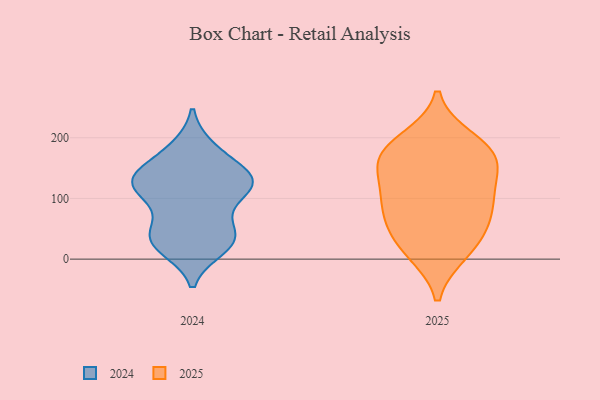
{"axis": {"x": "Humidity (%)", "y": "Value"}, "legend": ["2024", "2025"], "data": [{"x": "", "y": 135, "type": "2024"}, {"x": "", "y": 95, "type": "2024"}, {"x": "", "y": 112, "type": "2024"}, {"x": "", "y": 132, "type": "2024"}, {"x": "", "y": 122, "type": "2024"}, {"x": "", "y": 119, "type": "2024"}, {"x": "", "y": 56, "type": "2024"}, {"x": "", "y": 37, "type": "2024"}, {"x": "", "y": 154, "type": "2024"}, {"x": "", "y": 22, "type": "2024"}, {"x": "", "y": 45, "type": "2024"}, {"x": "", "y": 183, "type": "2024"}, {"x": "", "y": 131, "type": "2024"}, {"x": "", "y": 181, "type": "2024"}, {"x": "", "y": 18, "type": "2024"}, {"x": "", "y": 36, "type": "2024"}, {"x": "", "y": 26, "type": "2024"}, {"x": "", "y": 132, "type": "2024"}, {"x": "", "y": 122, "type": "2024"}, {"x": "", "y": 174, "type": "2025"}, {"x": "", "y": 111, "type": "2025"}, {"x": "", "y": 67, "type": "2025"}, {"x": "", "y": 176, "type": "2025"}, {"x": "", "y": 83, "type": "2025"}, {"x": "", "y": 167, "type": "2025"}, {"x": "", "y": 196, "type": "2025"}, {"x": "", "y": 89, "type": "2025"}, {"x": "", "y": 42, "type": "2025"}, {"x": "", "y": 128, "type": "2025"}, {"x": "", "y": 12, "type": "2025"}, {"x": "", "y": 161, "type": "2025"}, {"x": "", "y": 18, "type": "2025"}]}